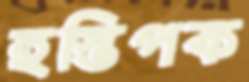
হস্তিপক